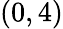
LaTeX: (0,4)